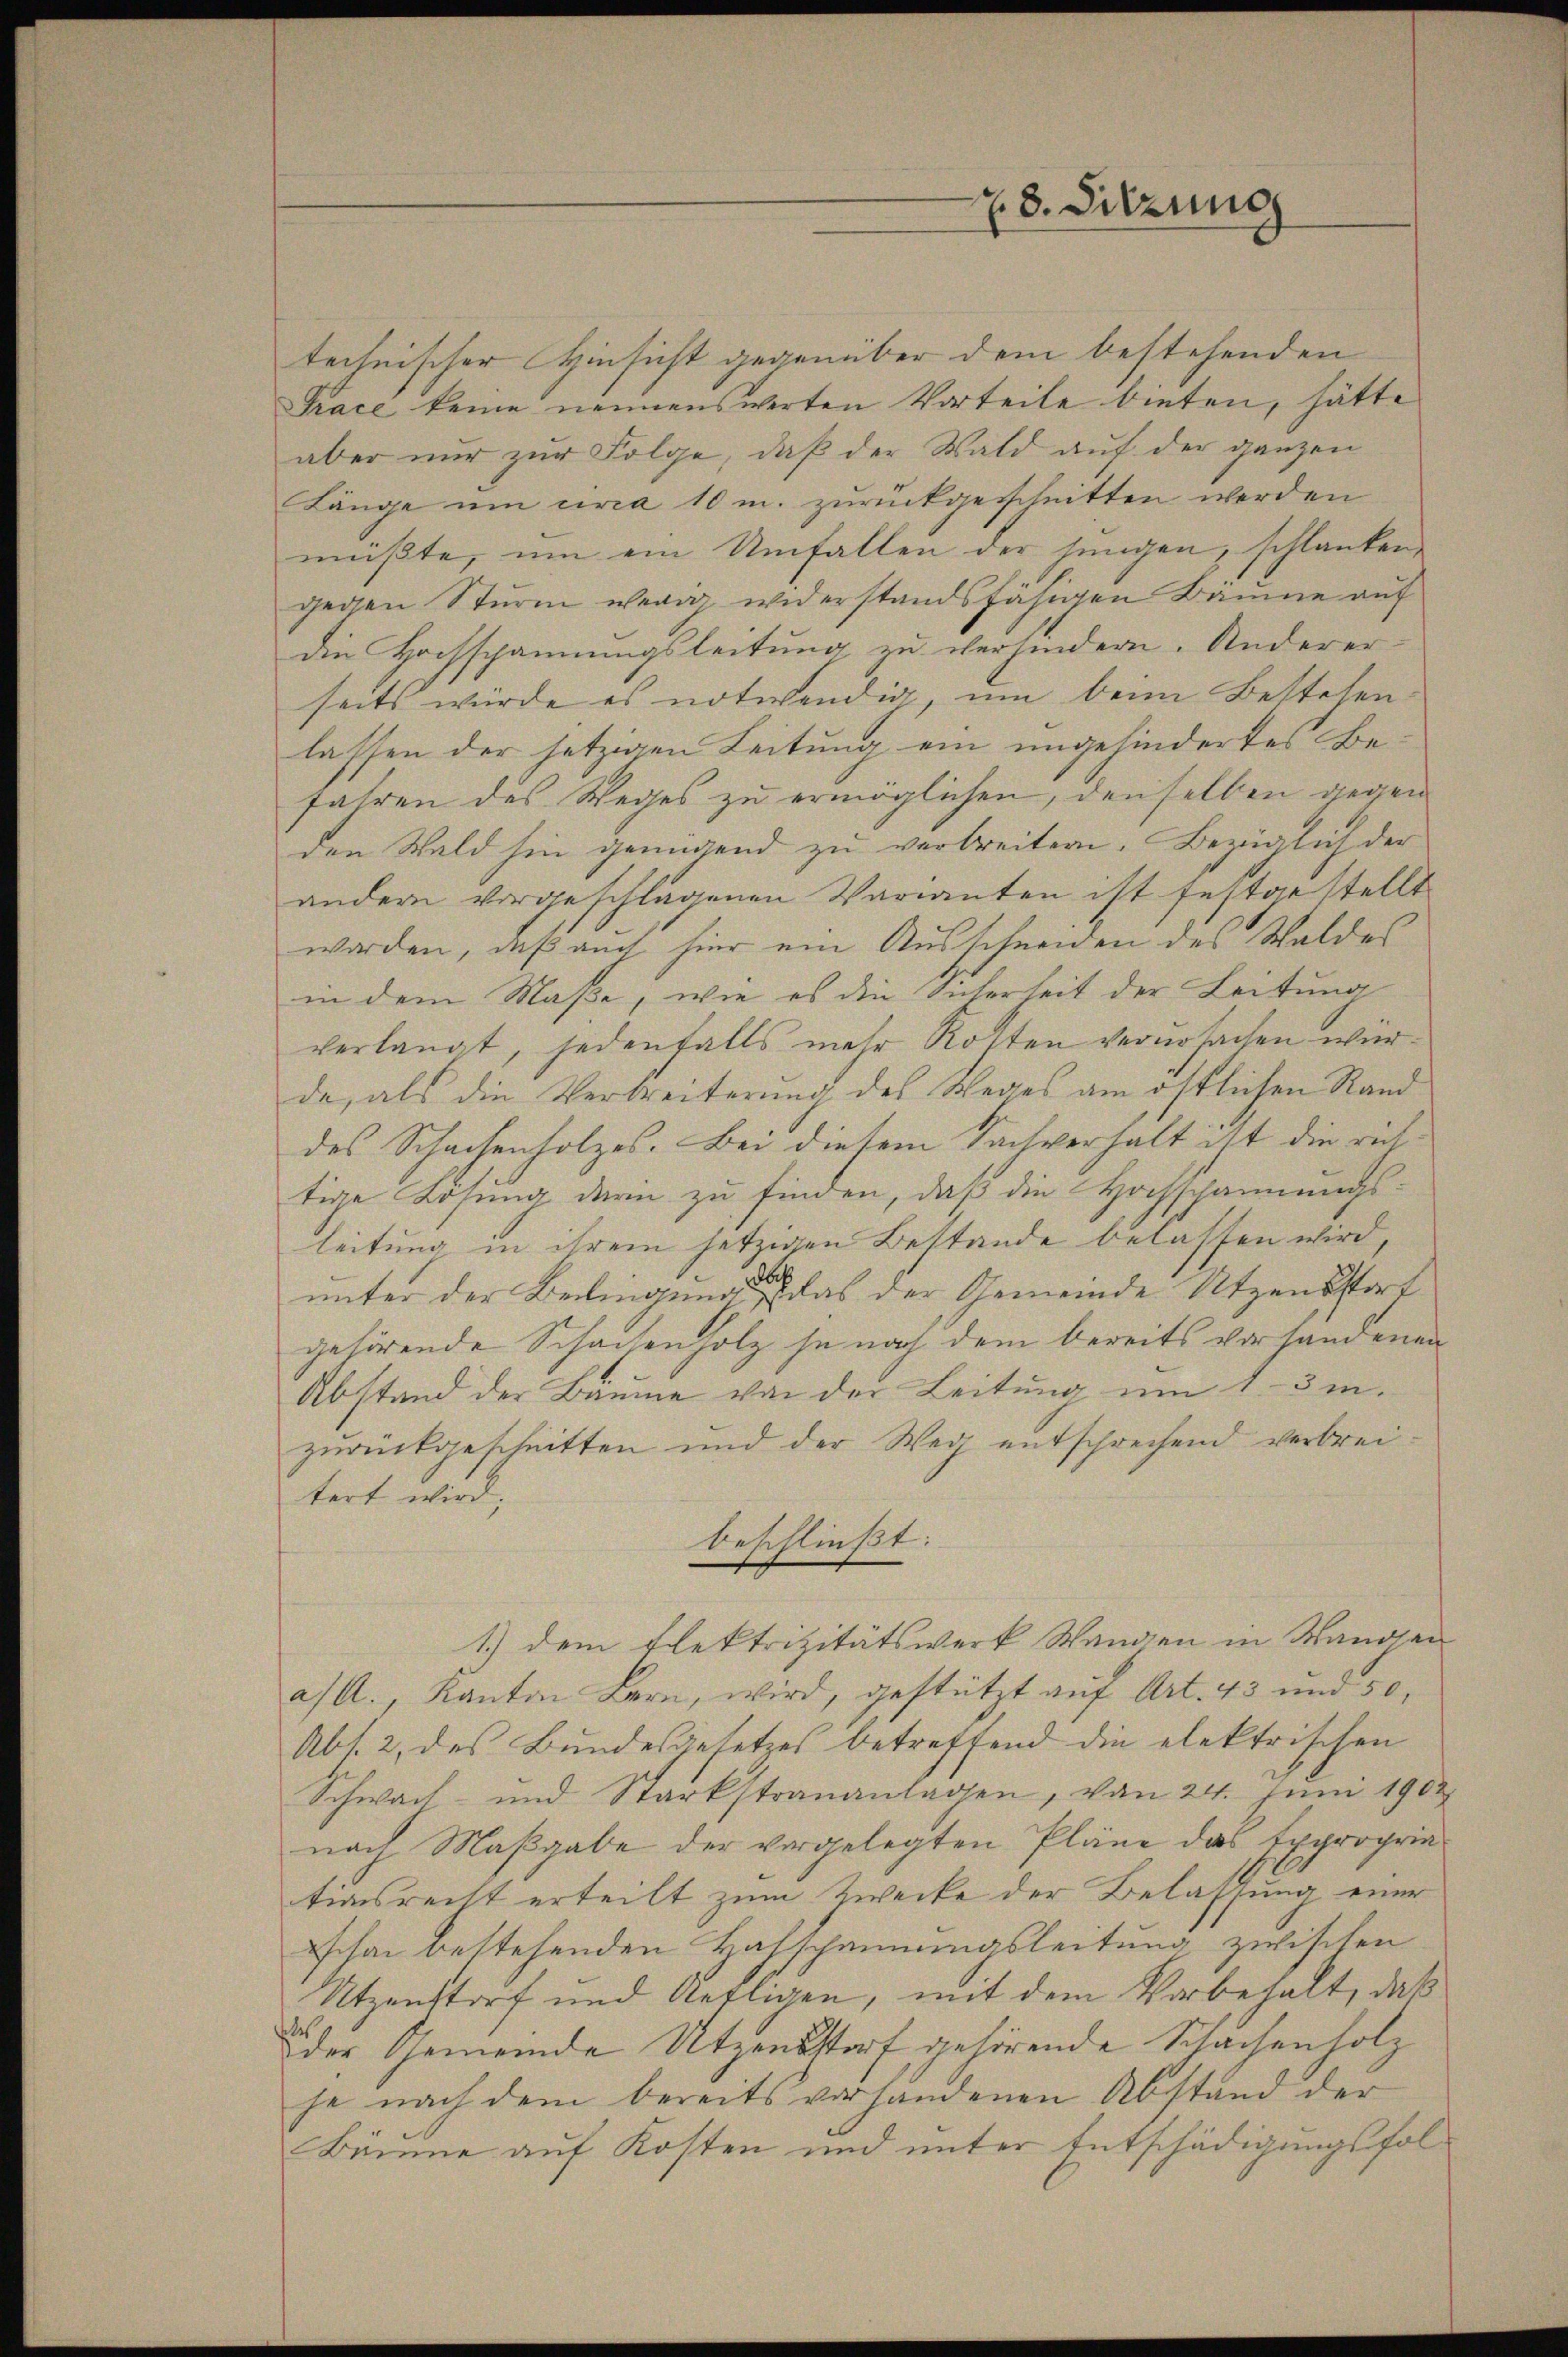
28. Sitzung

technischer Hinsicht gegenüber dem bestehenden
Trace keine nennenswerten Vorteile bieten, hätte
aber nur zur Folge, daß der Wald auf der ganzen
Länge um urca 10 m. zurückgeschnitten werden
müßte, um ein Umfallen der jungen, schlanken
gegen Sturm wenig widerstandsfähigen Bäume auf
die Hochspannungsleitung zu verhindern. Anderer-
seits würde es notwendig, um beim Bestehen.
lassen der jetzigen Leitung ein ungehindertes Befahren des Weges zu ermöglichen, denselben gegen
den Wald hin genügend zu verbreitern. Bezüglich der
andern vorgeschlagenen Varianten ist festgestellt
worden, daß auch hier ein Ausschneiden des Waldes
in dem Maße, wie es die Sicherheit der Leitung
verlangt, jedenfalls mehr Kosten verursachen wurde, als die Verbreiterung des Weges am östlichen Rand
des Schachenholzes. Bei diesem Sachverhalt ist die richtige Losung darin zu finden, daß die Hochschannungs-
leitung in ihrem jetzigen Bestande belassen wird,
unter der Bedingung eine das der Gemeinde Utzensstort
gehörende Schachenholz je nach dem bereits vorhandenen
Abstand der Baume von der Leitŭng ŭm 1. 3m.
zurückgeschnitten und der Weg entschrechend verbreitert wird,
beschließt:
1.) dem Elektrizitätswerk Wanden in Wanden
a/A., Kanton Bern, wird, gestützt auf Art. 43 und 50.
Abs. 2, des Bundesgesetzes betreffend die elektrischen
Schwach- und Starkstrananlagen, von 24. Juni 190.
nach Maßgabe der vorgelegten Pläne das Expropria
tionsrecht erteilt zum Zwecke der Belassung einer
Zschon bestehenden Hafscheinungsleitung zwischen
Utzenstorf und Refligen, mit dem Vorbehalt, daß
oder Gemeinde Utzensstorf gehörende Schachenholz
se nach dem bereits vorhandenen Abstand der
Bäume auf Kosten und unter Entschädigungsfol¬